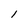
Character: l